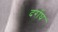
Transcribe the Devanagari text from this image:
दर्राघ